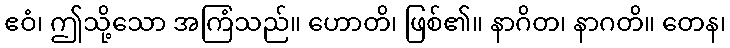
ဧဝံ၊ ဤသို့သော အကြံသည်။ ဟောတိ၊ ဖြစ်၏။ နာဂိတ၊ နာဂတိ။ တေန၊